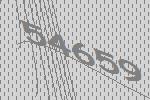
54659